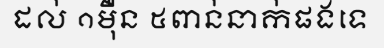
ដល់ ១ម៉ឺន ៥ពាន់នាក់ផងទេ